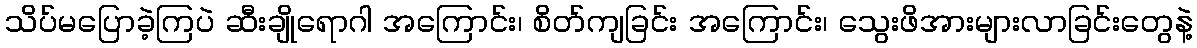
သိပ်မပြောခဲ့ကြပဲ ဆီးချိုရောဂါ အကြောင်း၊ စိတ်ကျခြင်း အကြောင်း၊ သွေးဖိအားများလာခြင်းတွေနဲ့